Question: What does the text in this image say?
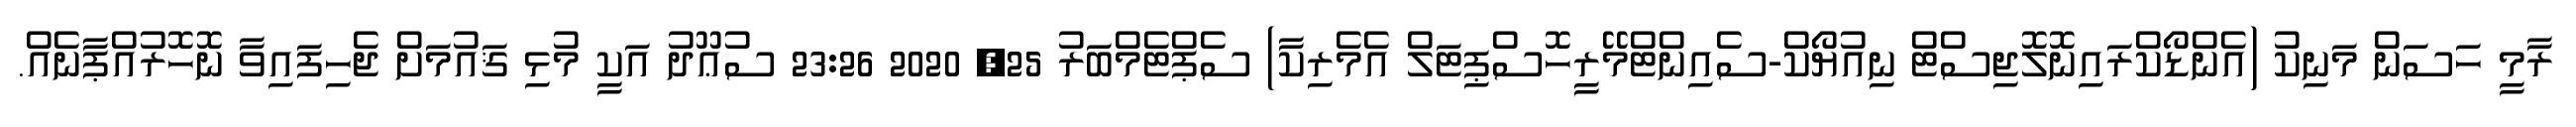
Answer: ރާމީ ހަސަން މަނިކު (އެންޑޯކްރައިނޮލޮޖިސްޓް ނިއުޔޯކް-ސެއިންޓްމޭރީހޮސްޕިޓަލް އެމެރިކާ) ސެޕްޓެމްބަރު 25, 2020 23:26 ސުޢޫދު އަކީ މުޅި ޤައުމަށް ޖެހިފައިވާ ނޮހޮރުއްޕާނެއް.